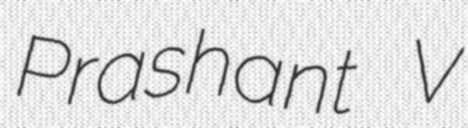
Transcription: Prashant V